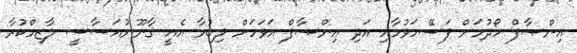
އިންޞާފް ހޯދުމަށް ފަސޭހަވުމާއި އަދި އިންޞާފް އަވަހަށް ލިބުމާ އެއީ ޤާނޫނުއަސާސީ ލާޒިމްކުރާ